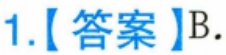
1.【答案】B.